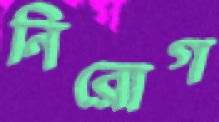
নিরোগ